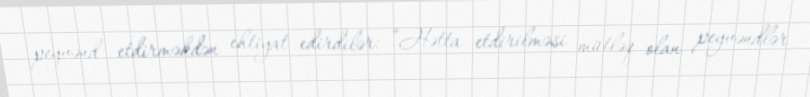
peyvənd etdirməkdən ehtiyat edirdilər: “Hətta etdirilməsi mütləq olan peyvəndlər